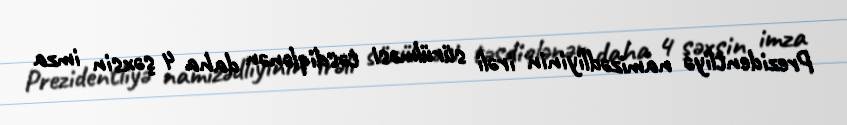
Prezidentliyə namizədliyinin irəli sürülməsi təsdiqlənən daha 4 şəxsin imza